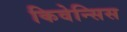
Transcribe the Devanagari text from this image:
किवेन्सिस